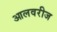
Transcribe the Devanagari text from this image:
आलवरीज